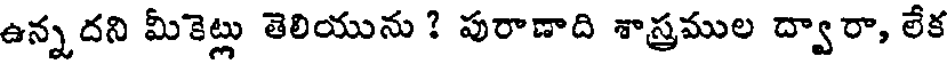
ఉన్నదని మీకెట్లు తెలియును ? పురాణాది శాస్త్రముల ద్వారా, లేక